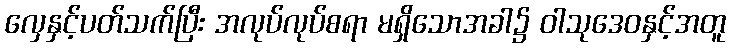
လှေနှင့်ပတ်သက်ပြီး အလုပ်လုပ်စရာ မရှိသောအခါ၌ ဝါသုဒေဝနှင့်အတူ